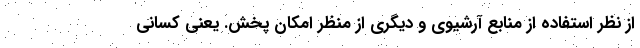
از نظر استفاده از منابع آرشیوی و دیگری از منظر امکان پخش. یعنی کسانی